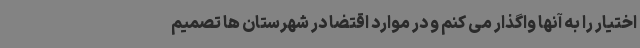
اختیار را به آنها واگذار می کنم و در موارد اقتضا در شهرستان ها تصمیم